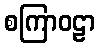
စကြာဝဠာ